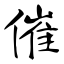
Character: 催